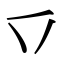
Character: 乊